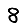
Digit: 8